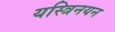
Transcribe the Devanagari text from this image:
यस्त्रिनयन